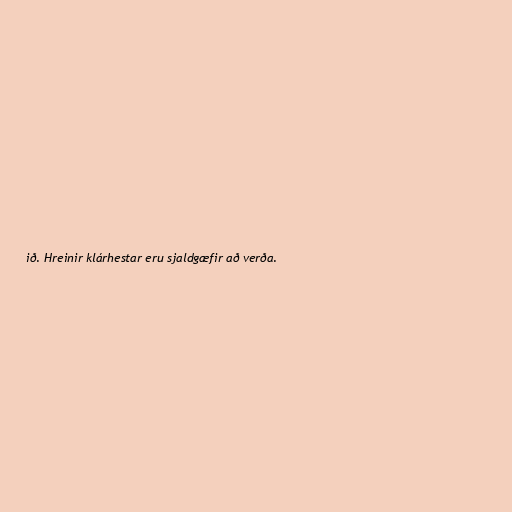
ið. Hreinir klárhestar eru sjaldgæfir að verða.